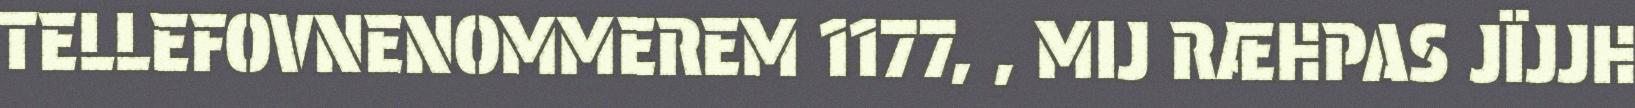
TELLEFOVNENOMMEREM 1177, , MIJ RÆHPAS JÏJJH